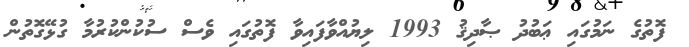
ފޮތުގެ ނަމުގައި ޢަބުދު ޞާދިޤު 1993 ލިޔުއްވާފައިވާ ފޮތުގައި ވެސް ސުކުންކުރުމާ ގުޅޭގޮތުން